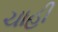
ચાહી